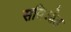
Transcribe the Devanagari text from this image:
सबिओत